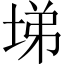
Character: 𡌡